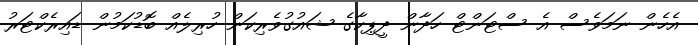
އެހެން ނަމަވެސް އެ ސްޓަންޓް ހަދާން ދީޕިކާގެ ޝައުގުވެރިކަން ހުރިލެއް ބޮޑުކަމުން ޑައިރެކްޓަރު